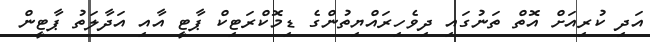
އަދި ކުރިއަށް އޮތް ތަނުގައި ދިވެހިރައްޔިތުންގެ ޑިމޮކްރަޓިކް ޕާޓީ އާއި އަދާލަތު ޕާޓީން